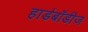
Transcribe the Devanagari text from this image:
हार्डबॉडीज